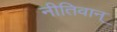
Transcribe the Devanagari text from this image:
नीतिवान्‌